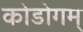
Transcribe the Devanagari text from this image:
कोडोगम्